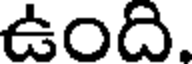
ఉంది.